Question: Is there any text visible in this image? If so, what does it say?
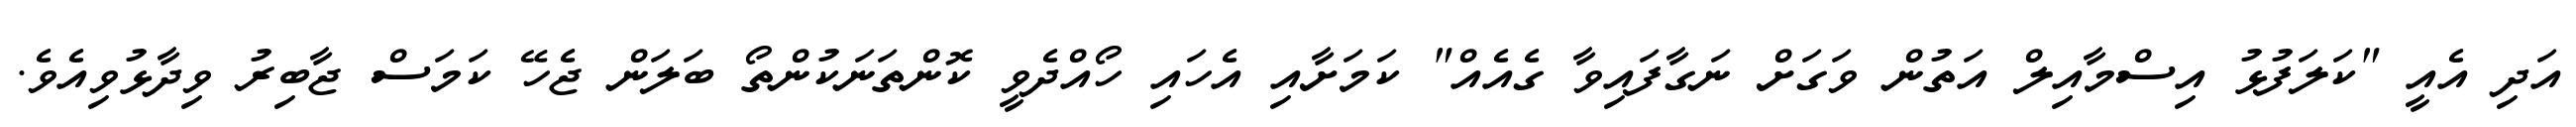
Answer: އަދި އެއީ "ކަލަފުޅު އިސްމާއިލް އަތުން ވަގަށް ނަގާފައިވާ ގެއެއް" ކަމަށާއި އެހައި ހޯއްދެވީ ކޮންތަނަކުންތޯ ބަލަން ޖެހޭ ކަމަސް ޖާބިރު ވިދާޅުވިއެވެ.